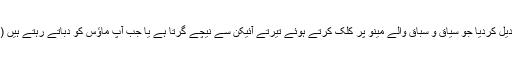
[موڈ] نے فوری ترجیحات والے مینو کو تبدیل کردیا جو سیاق و سباق والے مینو پر کلک کرتے ہوئے تیرتے آئیکن سے نیچے گرتا ہے یا جب آپ ماؤس کو دباتے رہتے ہیں (گھسیٹیں مت ، اس سے مینو رک جاتا ہے!